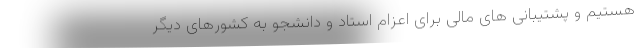
هستیم و پشتیبانی های مالی برای اعزام استاد و دانشجو به کشورهای دیگر